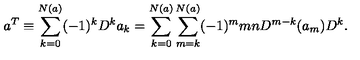
a ^ { T } \equiv \sum _ { k = 0 } ^ { N ( a ) } ( - 1 ) ^ { k } D ^ { k } a _ { k } = \sum _ { k = 0 } ^ { N ( a ) } \sum _ { m = k } ^ { N ( a ) } ( - 1 ) ^ { m } { \binom { m } { n } } D ^ { m - k } ( a _ { m } ) D ^ { k } .